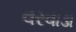
વરવાડા